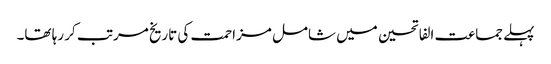
پہلے جماعت الفاتحین میں شامل مزاحمت کی تاریخ مرتب کر رہا تھا۔